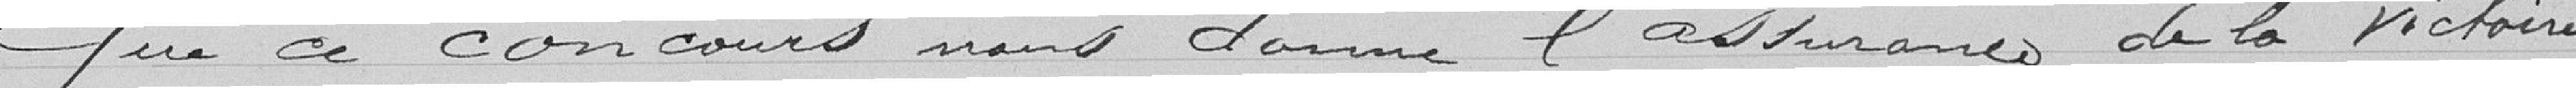
Que ce concours nous donne l'assurance de la victoire